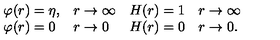
\begin{array} { l l } { \varphi ( r ) = \eta , } & { r \rightarrow \infty } \\ { \varphi ( r ) = 0 } & { r \rightarrow 0 } \\ \end{array} \begin{array} { l l } { H ( r ) = 1 } & { r \rightarrow \infty } \\ { H ( r ) = 0 } & { r \rightarrow 0 . } \\ \end{array}